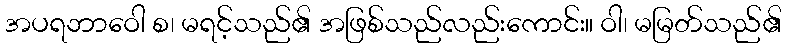
အပရဘာဝေါ စ၊ မရင့်သည်၏ အဖြစ်သည်လည်းကောင်း။ ဝါ၊ မမြတ်သည်၏